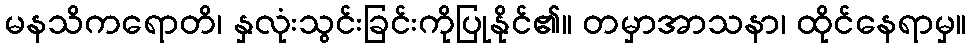
မနသိကရောတိ၊ နှလုံးသွင်းခြင်းကိုပြုနိုင်၏။ တမှာအာသနာ၊ ထိုင်နေရာမှ။